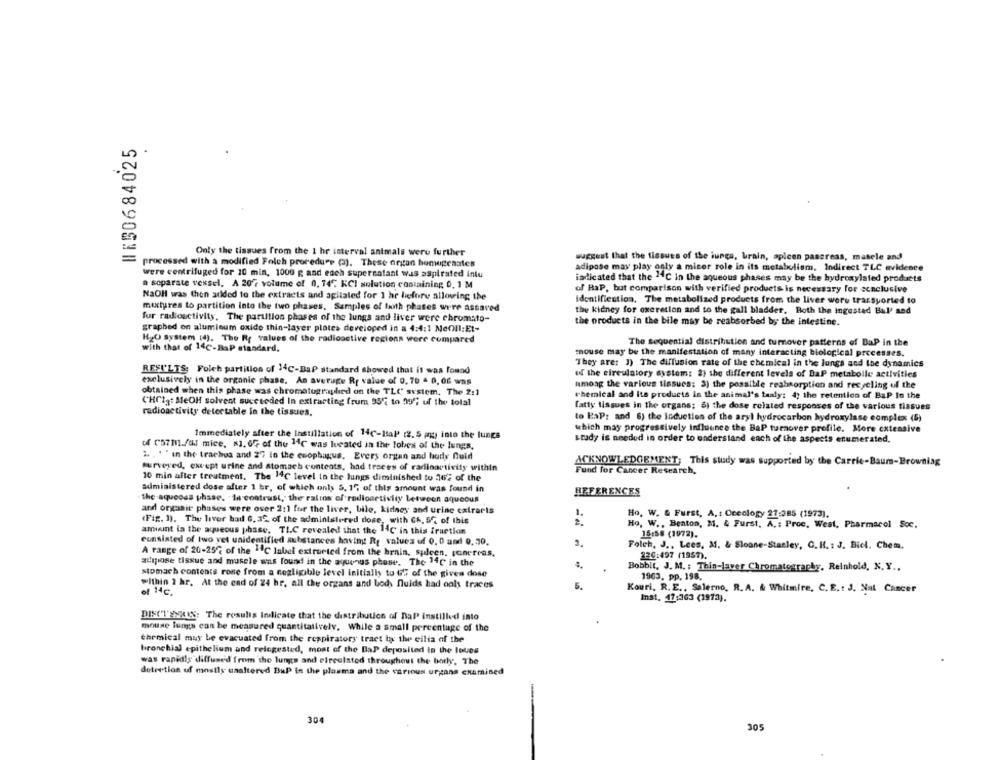
WK50684025
Only the tissues from the 1 hr interval animals were further
suggest that the tissues of the iunga, brain, aplcen pancreas, masele and
processed with a modified Folch procedure (). These organ homogenates
adipose may play only a micer role in its metabolism, Indirect TLC evidence
were centrifuged for 10 min, 1000 g and each supernatant was aspirated intu
indicated that the "C in the aqueous phases may be the hydroxylated products
a separate vessel, A 20, volume of 0, 14℃ KCI solution containing 0, 1 M
of Hap, but comparison with verified products is necessary for conclusive
NaOH was then added to the extracts and agitated for 1 hr before allowing the
Identifiestion, The metabolized products from the liver were transported to
mixtures to partition Into the two phases, Samples of both phases were assaved
the kidney for oxeretion and to the gall bladder, Both the ingested Bal' and
fur radioactivity, The partition phases of the lungs and liver were chromato-
graphed on aluminum oxide thin-layer plates developed in a 4:4:1 Ne(Il:Et-
the products in the bile may be reabsorbed by the intestine.
HyO System (4). The Rf values of the radioactive regions were compared
The sequential distribution and turnover patterns of BaP in the
with that of 140-BaP standard.
mouse may be the manifestation of many interacting biological processes.
"They are: 1) The diffusion rate of the chemical in the lungs and the dynamics
RESULTS: Folch partition of 14C-BaP standard showed that it was found
exclusively in the organic phase. An average Rt value of 0, 70 4 0, 06 was
of the circulatory system: 2) the different levels of DaP metabolle activities
among the various tissues: 3) the possible reabsorption and recycling of the
obtained when this phase was chromatographied on the TLC system. The 2:1
chemical and its products in the animal's taaly; 4; the retention of BaP In the
CHCIgt MeOH solvent succeeded In extracting (rum 95'i to 99"; uf the total
fatty lissues in the organs; 6) the dose related responses of the various tissues
radioactivity detectable in the tissues.
to BaP: and 6) the induction of the aryl hydrocarbon hydroxylase complex (5)
which may progressively influence the BaP turnover profile. More extensive
Immediately after the Instillation of 14℃-Bsap' (2.5 mg) into the lungs
study is needed in order to understand each of the aspects enumerated.
cf CS7m./Gl mice, $1, 6% of the 14℃ was located in the lobes of the lungs,
.. . . "in the trachus and 27 in the esophagus. Every organ and hody Quid
ACKNOWLEDGEMENT; This study was supported by the Carrie-Baum-Browniag
surveyed, except urine and stomach contents, had traces of radioactivity within
Fund for Cancer Research,
10 min after treatment. The 14℃ level in the lungs diminished to 262 of the
administered dose after 1 hr, of which only 5. 17 of this amount was found in
REFERENCES
the aqueoss phase. . In contrast, the ratios of radioactivity between aqueous
and organic phases were over 211 for the liver, bile, kidney and urine extraris
1.
Ho. W. & Furst, A. : Oceology 27:285 (1973).
(Fig. 1). The liver bad 6. 36 of the administered dose, with CA, 5% of this
Ho, W ., Benton, M. & Furst. A. : Proc. West, Pharmacol Soc.
amount la the aqueous phase. TIC revealed that the 14℃ in this fraction
15:58 (1972).
eunsisted of two vet unidentified substances having R, values of 0. 0 and 0,70.
2,
Folch, J ., Lees, M1. & Sloane-Stanley, C. H. : J. Biel. Chem.
A range of 20-257 of the 1℃ labei extracted from the brain, spleen, ponercas,
226:497 (1957).
adipose tissue and muscle was found in the aquenus phase. The 14℃ in the
Bobbit, J. M. : Thin-laver Chromatography, Reinhold, N. Y ..
stomach contents rose from a negligible level initially to Gi of the givea dose
1963, pp. 198.
within 1 hr. At the end of 24 hr, all the organs and body fluids had ools traces
5.
of 14c.
Kouri, R. E ., Salerno, R. A. & Whitmire, C. E .: J. Nat Cancer
Inst. 47:363 (1973).
DISCIENZEIS: The results Indicate that the distribution of Dal instilled into
mouse lungs can be measured quantitatively. While a small percentage of the
chemical muy be evacuated from the respiratory tract ty the cilia of the
bronchial epithelium and reingested, most of the BaP deposited in the loues
was rapidly diffused from the lungs and circulated throughout the body, The
detre tion uf mostly unaltered BuP in the plasma and the various organs examined
304
305